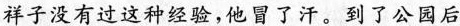
祥子没有过这种经验，他冒了汗。到了公园后